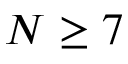
N \ge 7